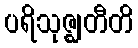
ပရိသုဇ္ဈတီတိ